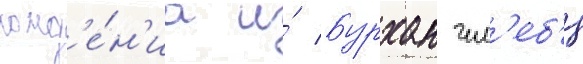
рожд'е́н'иа и́ бурхан чел'еб'и